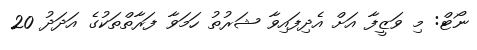
ނޯޓް: މި ވަޒީފާ އަށް އެދިފައިވާ ޝަރުތު ހަމަވާ ފަރާތްތަކުގެ އަދަދު 20